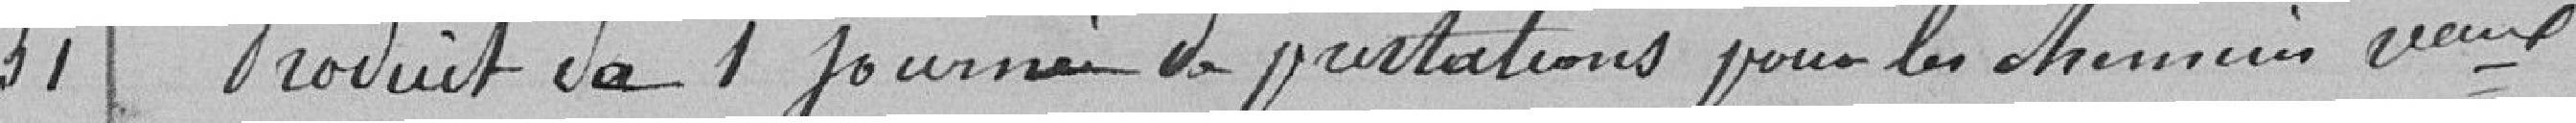
31 Produit de 1 journée de prestations pour les chemins vicinaux